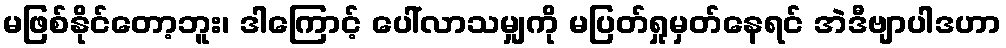
မဖြစ်နိုင်တော့ဘူး၊ ဒါကြောင့် ပေါ်လာသမျှကို မပြတ်ရှုမှတ်နေရင် အဲဒီဗျာပါဒဟာ